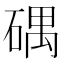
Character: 𥔘